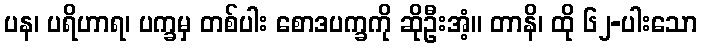
ပန၊ ပရိဟာရ၊ ပက္ခမှ တစ်ပါး စောဒပက္ခကို ဆိုဦးအံ့။ တာနိ၊ ထို ၆၂-ပါးသော